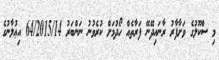
މި ސްކޫލުގެ ވަށާފާރު ރާނައިދޭނޭ ފަރާތެއް ހޯދުމަށް ކުރެވުނު ނަންބަރު 64/2015/14 އިޢުލާނުގެ